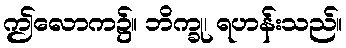
ဤလောက၌။ ဘိက္ခု၊ ရဟန်းသည်။